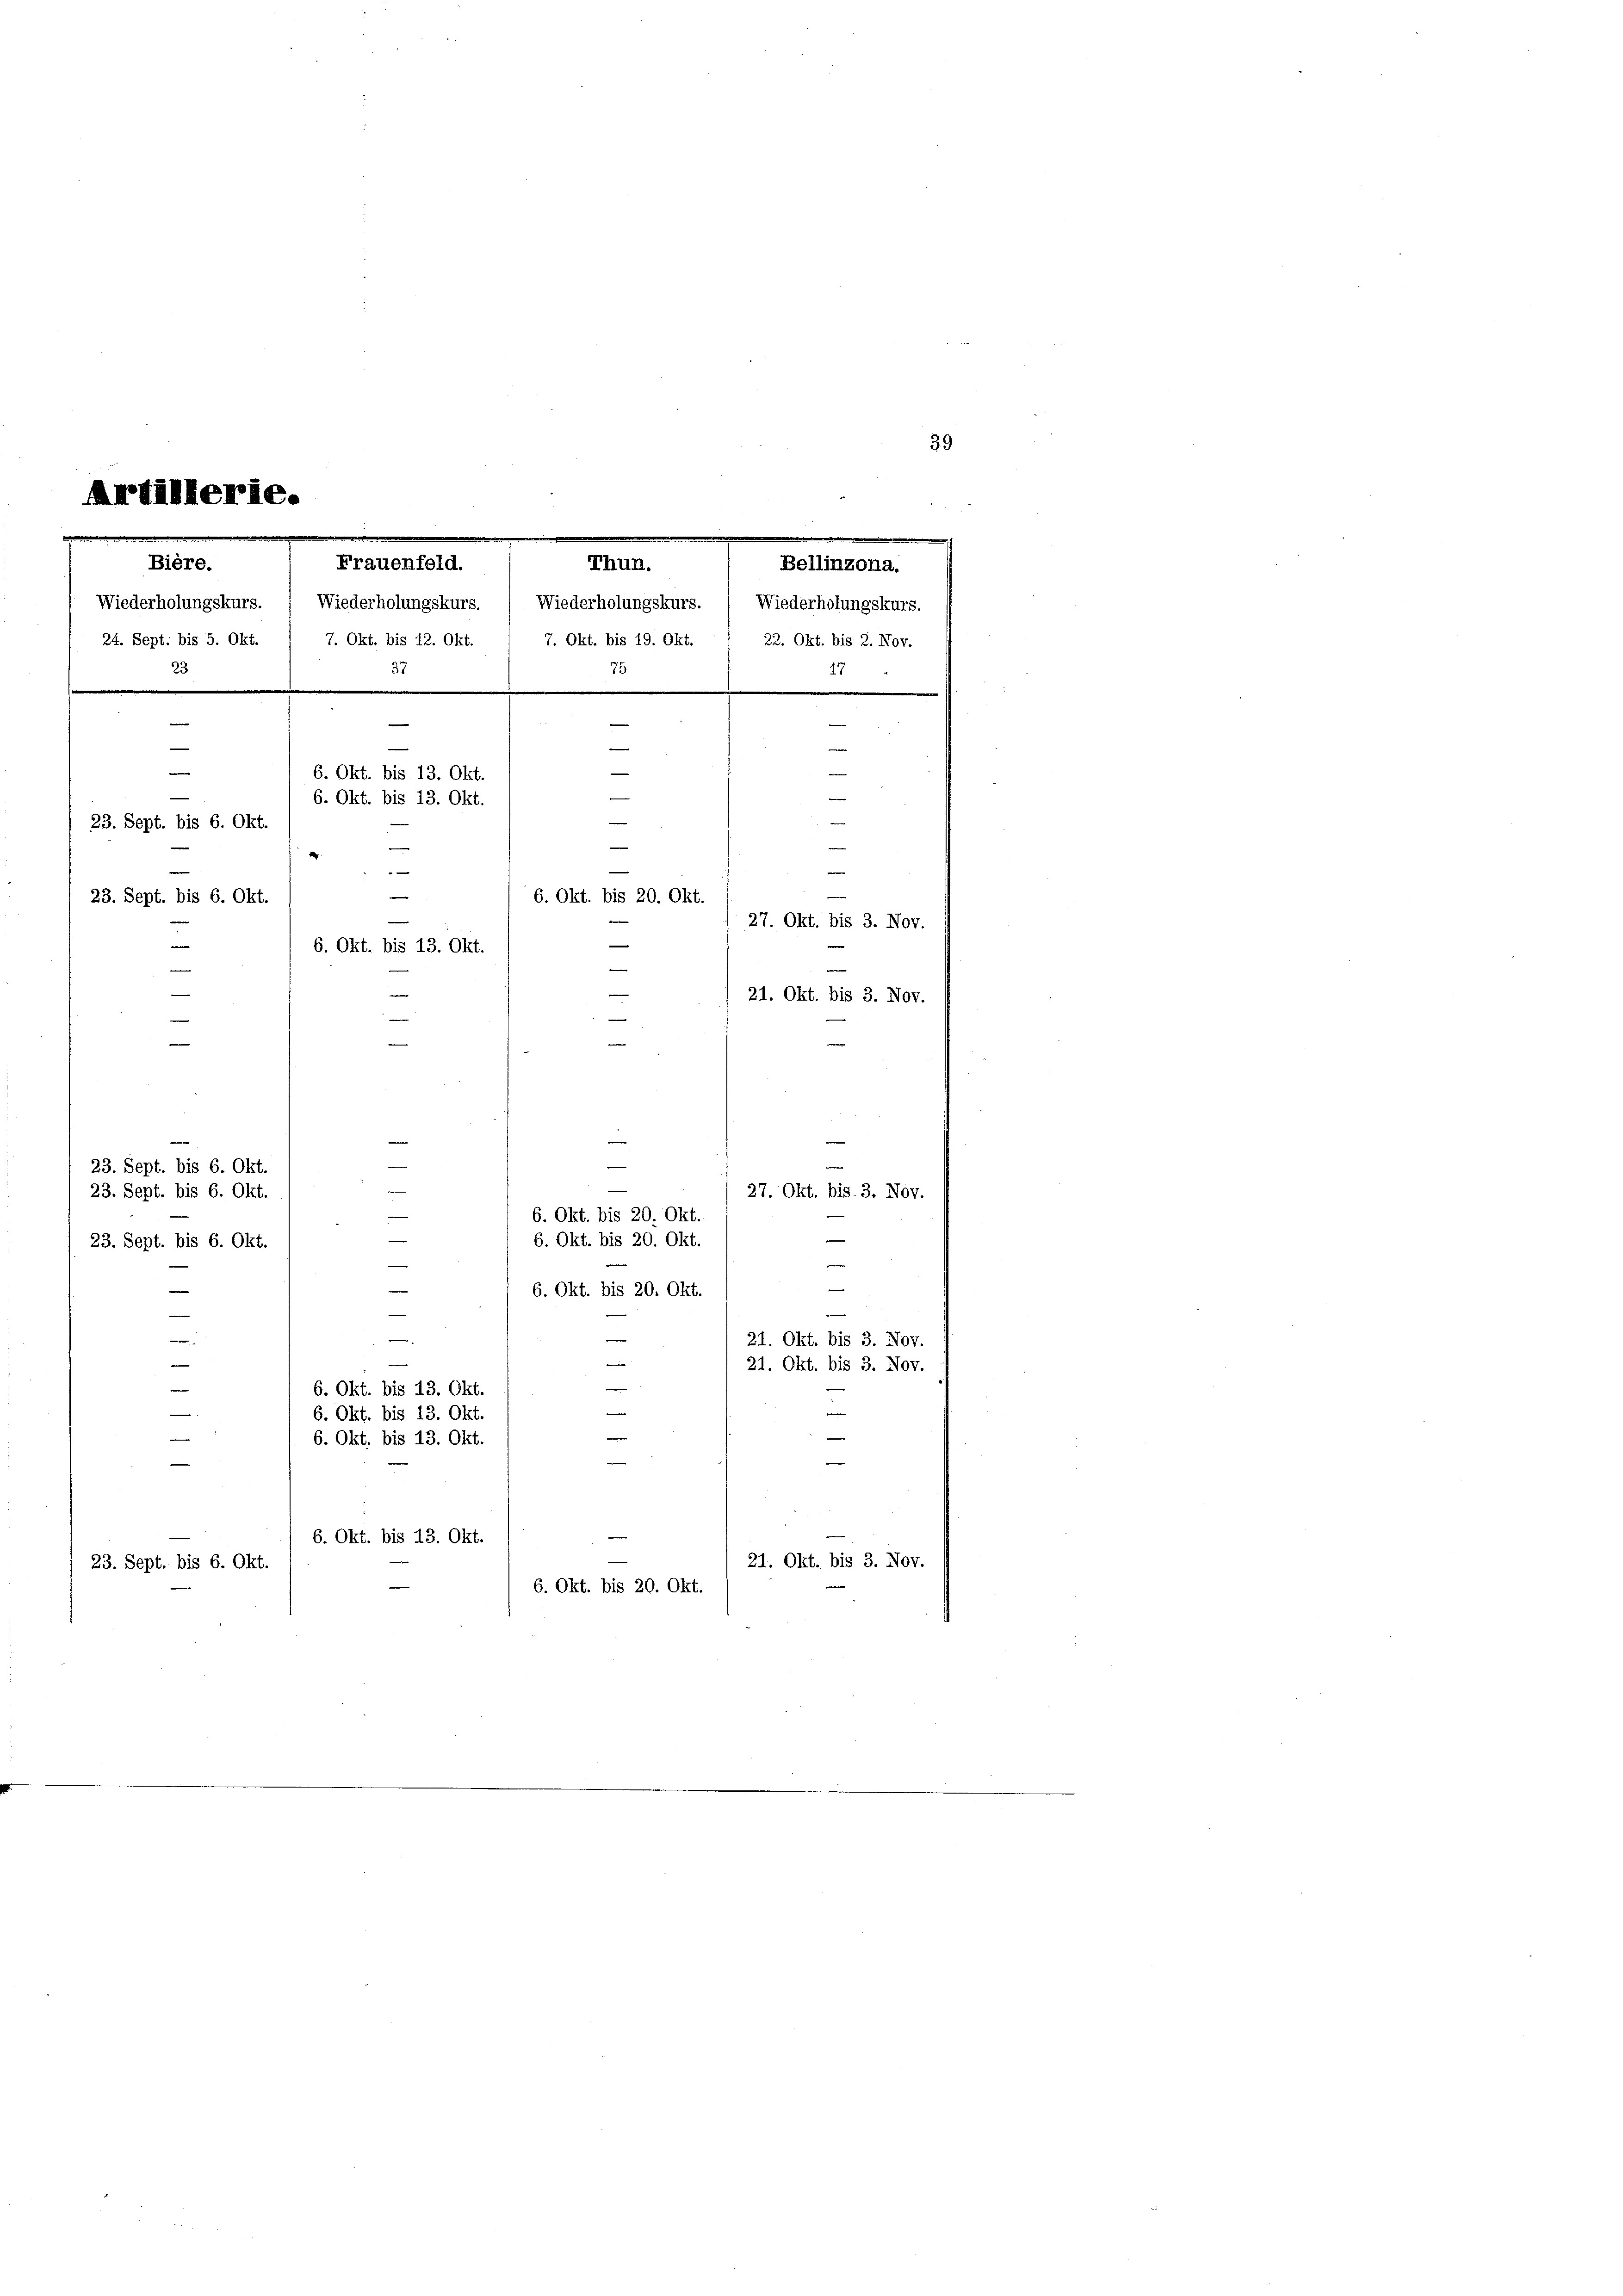
Artillerie.
.
Bière.
Bellinzona.
23.
37
1
75
A
.
.

—
e
.
—
e
e
e
e
6. Okt. bis 13. Okt.
d

6. Okt. bis 13. Okt.
i
.
23. Sept. bis 6. Okt.
u
d
—
¬

e
e
23. Sept. bis 6. Okt.
6. Okt. bis 20. Okt.
—
27. Okt. bis 3. Nov.
e
6. Okt. bis 13. Okt.
e
21. Okt. bis 3. Nov.
e
—

.
A
Frauenfeld.
Thun.
Wiederholungskurs. ( Wiederholungskurs. ( Wiederholungskurs. ( Wiederholungskurs.
24. Sept: bis 5. Okt. / 7. Okt. bis 12. Okt. / 7. Okt. bis 19. Okt. 1 22. Okt. bis 2. Nov.

e
23. Sept. bis 6. Okt.
¬
e
23. Sept. bis 6. Okt.
6. Okt. bis 20. Okt.

6. Okt. bis 20. Okt.
23. Sept. bis 6. Okt.
e
6. Okt. bis 20. Okt.

—
e
|
—
e
n
6. Okt. bis 13. Okt.
6. Okt. bis 13. Okt.
6. Okt. bis 13. Okt.
6. Okt. bis 13. Okt.
23. Sept. bis 6. Okt.
6. Okt. bis 20. Okt.

e

27. Okt. bis. 3. Nov.

e
e

21. Okt. bis 3. Nov.
21. Okt. bis 3. Nov.
e

21. Okt. bis 3. Nov.

39